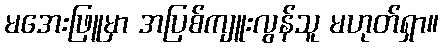
မအေးဖြူမှာ အပြစ်ကျူးလွန်သူ မဟုတ်ရှာ။